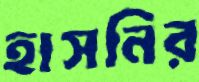
হাসনির